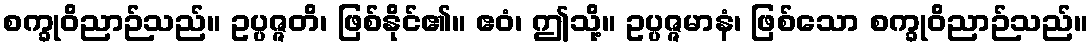
စက္ခုဝိညာဉ်သည်။ ဥပ္ပဇ္ဇတိ၊ ဖြစ်နိုင်၏။ ဧဝံ၊ ဤသို့။ ဥပ္ပဇ္ဇမာနံ၊ ဖြစ်သော စက္ခုဝိညာဉ်သည်။